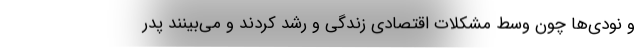
و نودی‌ها چون وسط مشکلات اقتصادی زندگی و رشد کردند و می‌بینند پدر